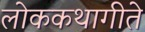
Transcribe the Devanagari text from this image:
लोककथागीते